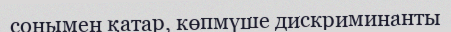
сонымен қатар, көпмүше дискриминанты